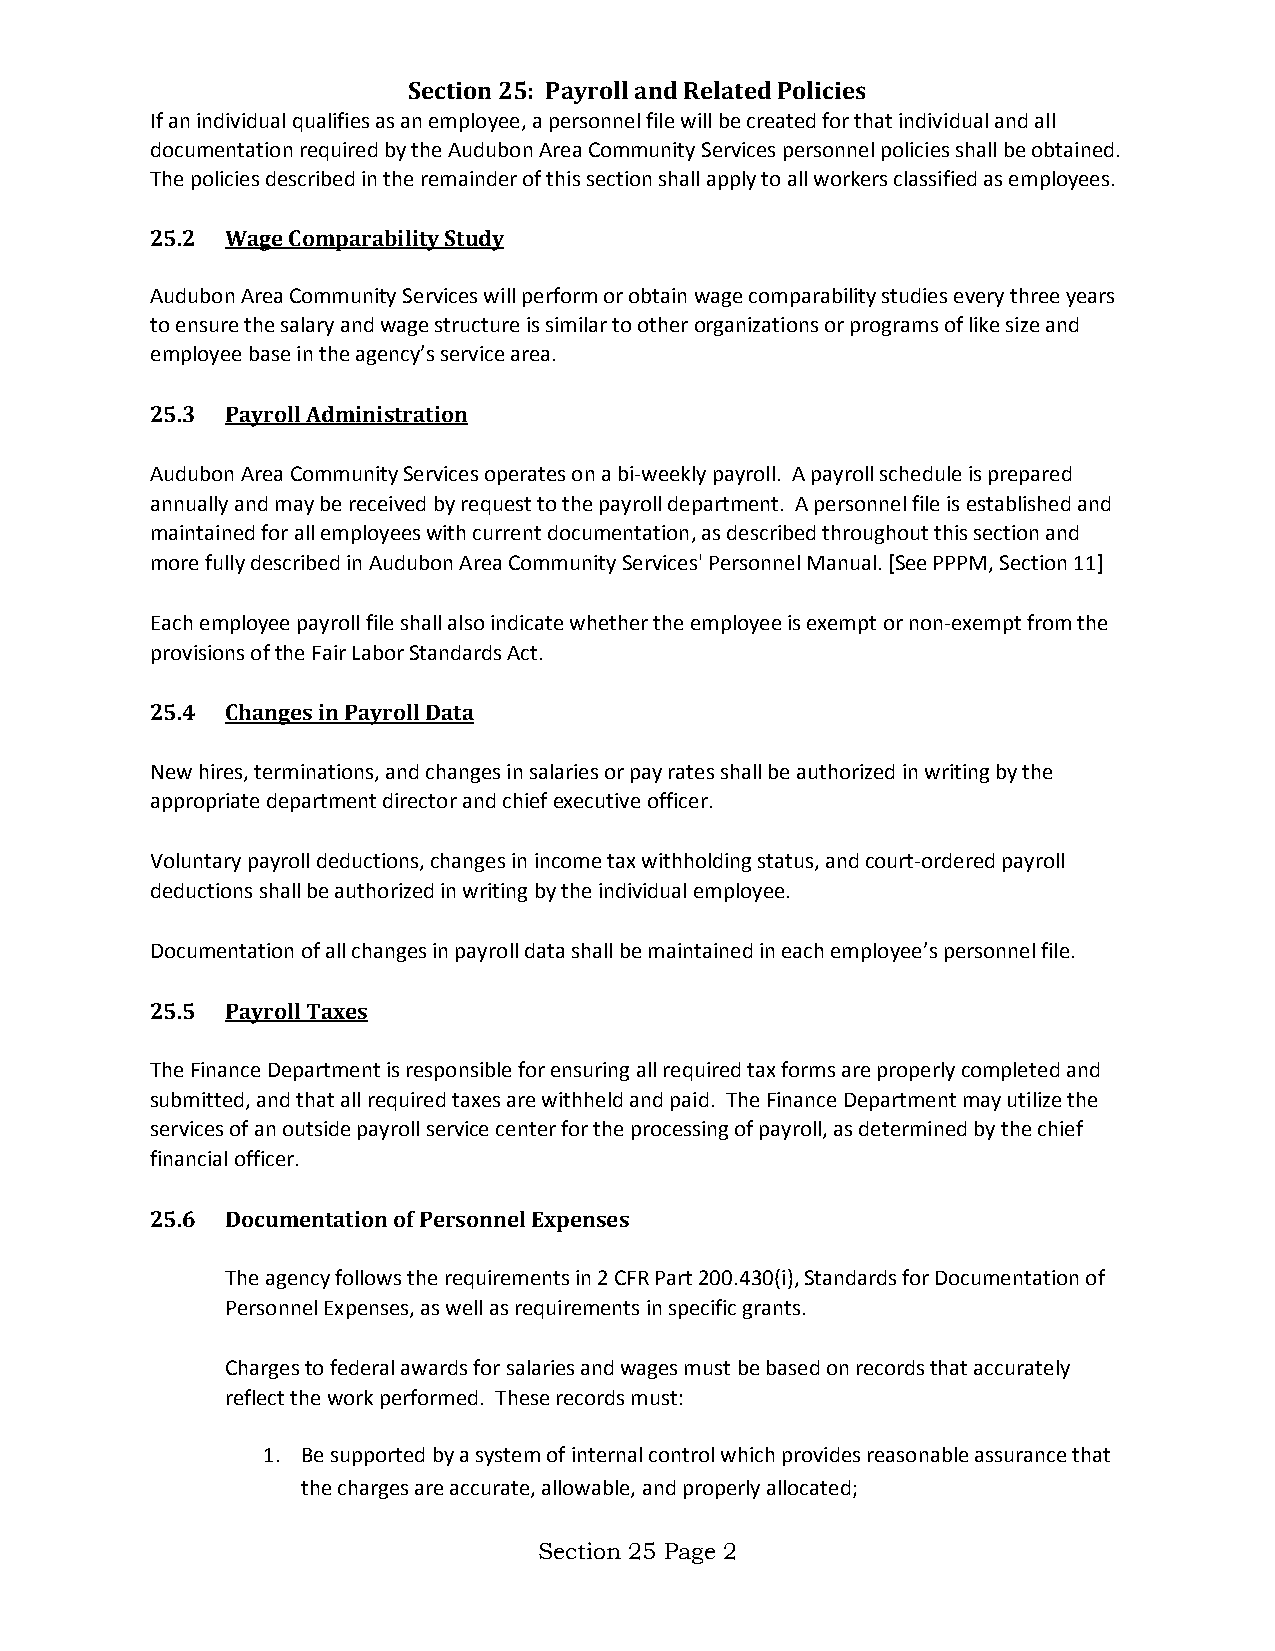
Section 25: Payroll and Related Policies
 If an individual qualifies as an employee, a personnel file will be created for that individual and all
 documentation required by the Audubon Area Community Services personnel policies shall be obtained.
 The policies described in the remainder of this section shall apply to all workers classified as employees.
 25.2 Wage Comparability Study
 Audubon Area Community Services will perform or obtain wage comparability studies every three years
 to ensure the salary and wage structure is similar to other organizations or programs of like size and
 employee base in the agency’s service area.
 25.3 Payroll Administration
 Audubon Area Community Services operates on a bi-weekly payroll. A payroll schedule is prepared
 annually and may be received by request to the payroll department. A personnel file is established and
 maintained for all employees with current documentation, as described throughout this section and
 more fully described in Audubon Area Community Services' Personnel Manual. [See PPPM, Section 11]
 Each employee payroll file shall also indicate whether the employee is exempt or non-exempt from the
 provisions of the Fair Labor Standards Act.
 25.4 Changes in Payroll Data
 New hires, terminations, and changes in salaries or pay rates shall be authorized in writing by the
 appropriate department director and chief executive officer.
 Voluntary payroll deductions, changes in income tax withholding status, and court-ordered payroll
 deductions shall be authorized in writing by the individual employee.
 Documentation of all changes in payroll data shall be maintained in each employee’s personnel file.
 25.5 Payroll Taxes
 The Finance Department is responsible for ensuring all required tax forms are properly completed and
 submitted, and that all required taxes are withheld and paid. The Finance Department may utilize the
 services of an outside payroll service center for the processing of payroll, as determined by the chief
 financial officer.
 25.6 Documentation of Personnel Expenses
 The agency follows the requirements in 2 CFR Part 200.430(i), Standards for Documentation of
 Personnel Expenses, as well as requirements in specific grants.
 Charges to federal awards for salaries and wages must be based on records that accurately
 reflect the work performed. These records must:
 1. Be supported by a system of internal control which provides reasonable assurance that
 the charges are accurate, allowable, and properly allocated;
 Section 25 Page 2